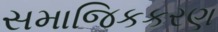
સમાજિકકરણ